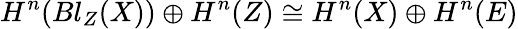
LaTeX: H^{n}(Bl_{Z}(X))\oplus H^{n}(Z)\cong H^{n}(X)\oplus H^{n}(E)